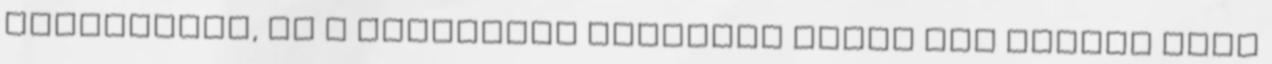
szervekről, de a technikai korlátok miatt nem minden hasi